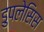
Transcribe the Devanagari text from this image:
डुपलेसिस